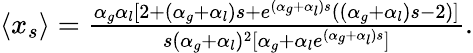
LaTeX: \begin{array}{r}{\langle x_{s}\rangle=\frac{\alpha_{g}\alpha_{l}[2+(\alpha_{g}+\alpha_{l})s+e^{(\alpha_{g}+\alpha_{l})s}((\alpha_{g}+\alpha_{l})s-2)]}{s(\alpha_{g}+\alpha_{l})^{2}[\alpha_{g}+\alpha_{l}e^{(\alpha_{g}+\alpha_{l})s}]}.}\end{array}